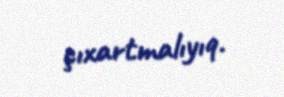
çıxartmalıyıq.